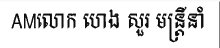
AMលោក ហេង សួរ មន្ត្រីនាំ